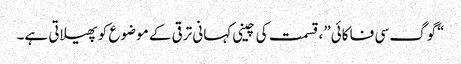
“گوگ سی فا کائی”، قسمت کی چینی کہانی ترقی کے موضوع کو پھیلاتی ہے۔